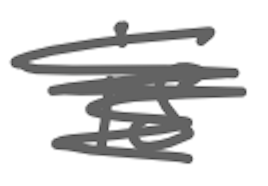
Text: is
Cross-out: scratch
Writing tool: digital_gray